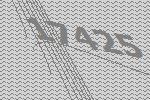
17425